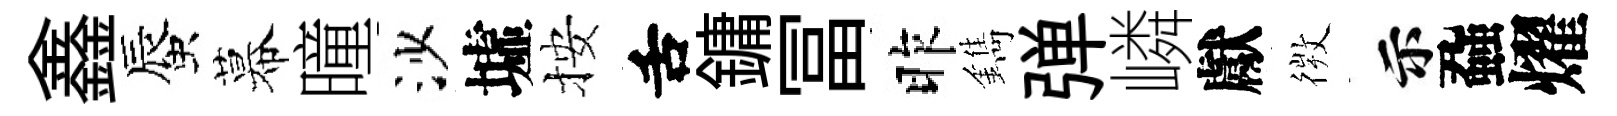
鑫蜃幕曈沙墟按舌鏞冨昨鐫弹嶙獻𢕄示蝨燿